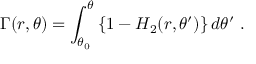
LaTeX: \Gamma ( r , \theta ) = \int _ { \theta _ { 0 } } ^ { \theta } \left\{ 1 - H _ { 2 } ( r , \theta ^ { \prime } ) \right\} d \theta ^ { \prime } \ .